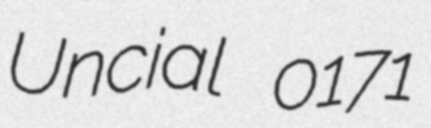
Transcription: Uncial 0171